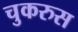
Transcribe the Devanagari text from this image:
चुकरुस